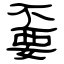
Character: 嫑